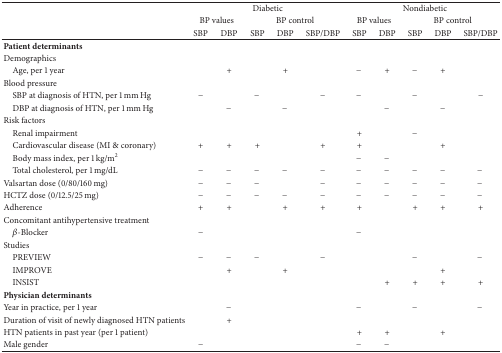
|  | <COLSPAN=5> Diabetic | <COLSPAN=5> Nondiabetic |
 |  | <COLSPAN=2> BP values | <COLSPAN=3> BP control | <COLSPAN=2> BP values | <COLSPAN=3> BP control |
 |  | SBP | DBP | SBP | DBP | SBP/DBP | SBP | DBP | SBP | DBP | SBP/DBP |
 | --- | --- | --- | --- | --- | --- | --- | --- | --- | --- | --- |
 | Patient determinants |  |  |  |  |  |  |  |  |  |  |
 | Demographics |  |  |  |  |  |  |  |  |  |  |
 | Age, per 1 year |  | + |  | + |  | − | + | − | + |  |
 | Blood pressure |  |  |  |  |  |  |  |  |  |  |
 | SBP at diagnosis of HTN, per 1 mm Hg | − |  | − |  | − | − |  | − |  | − |
 | DBP at diagnosis of HTN, per 1 mm Hg |  | − |  | − |  |  | − |  | − |  |
 | Risk factors |  |  |  |  |  |  |  |  |  |  |
 | Renal impairment |  |  |  |  |  | + |  | − |  |  |
 | Cardiovascular disease (MI & coronary) | + | + | + |  | + | + |  |  | + |  |
 | Body mass index, per 1 kg/m2 |  |  |  |  |  | − | − |  |  |  |
 | Total cholesterol, per 1 mg/dL | − | − | − | − | − | − | − | − | − | − |
 | Valsartan dose (0/80/160 mg) | − | − | − |  | − | − | − | − | − | − |
 | HCTZ dose (0/12.5/25 mg) | − | − | − | − | − | − | − | − | − | − |
 | Adherence | + | + |  | + | + | + |  | + | + | + |
 | Concomitant antihypertensive treatment |  |  |  |  |  |  |  |  |  |  |
 | β-Blocker | − |  |  |  |  | − |  |  |  |  |
 | Studies |  |  |  |  |  |  |  |  |  |  |
 | PREVIEW | − | − | − |  | − |  |  | − |  | − |
 | IMPROVE |  | + |  | + |  |  |  |  | + |  |
 | INSIST |  |  |  |  |  |  | + | + | + | + |
 | Physician determinants |  |  |  |  |  |  |  |  |  |  |
 | Year in practice, per 1 year |  | − |  |  |  | − |  | − |  | − |
 | Duration of visit of newly diagnosed HTN patients |  | + |  |  |  |  |  |  |  |  |
 | HTN patients in past year (per 1 patient) |  |  |  |  |  | + | + |  | + |  |
 | Male gender | − |  |  |  |  | − | − |  |  |  |